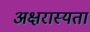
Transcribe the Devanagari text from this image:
अक्षरास्यता